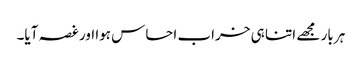
ہر بار مجھے اتنا ہی خراب احساس ہوا اور غصہ آیا۔